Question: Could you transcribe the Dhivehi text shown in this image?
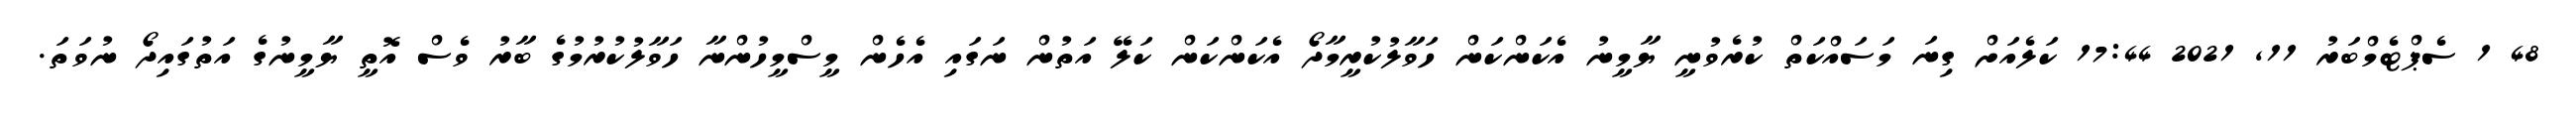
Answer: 48 1 ސެޕްޓެމްބަރު 11, 2021 17:44 ކަލެއަށް ގިނަ މަސައްކަތް ކުރެވުނީ ޔާމީނު އެކަންކަން ހަވާލުކުރީމާދޯ އެކަންކަން ކަލޭ އަތުން ނަގައި އެހެން މީސްމީހުންނާ ހަވާލުކުރުމުގެ ބާރު ވެސް އޮތީ ޔާމީނުގެ އަތުގައިދޯ ނުވަތަ.